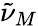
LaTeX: {\tilde{\nu}}_{M}